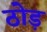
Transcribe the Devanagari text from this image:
ठोड़